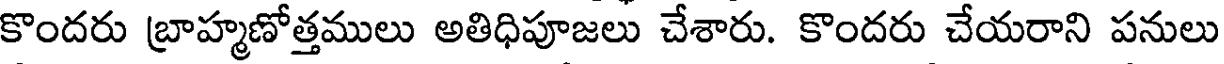
కొందరు బ్రాహ్మణోత్తములు అతిధిపూజలు చేశారు. కొందరు చేయరాని పనులు